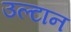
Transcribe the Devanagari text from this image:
उल्टान